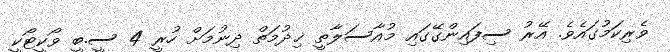
ވެރިކަމުގައެވެ. އޭރު ސިފައިންގޭގައި މުއާސަލާތީ ޚިދުމަތް ދިނުމަށް ހުރީ 4 ސީ.ބީ ވޯކީޓޯކީ